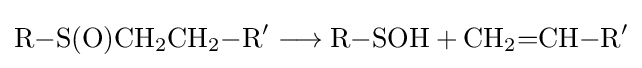
{\mathrm {R} {-}\mathrm {S} (\mathrm {O} )\mathrm {CH} {\vphantom {A}}_{\smash[{t}]{2}}\mathrm {CH} {\vphantom {A}}_{\smash[{t}]{2}}{-}\mathrm {R} {\vphantom {A}}^{\prime }{}\mathrel {\longrightarrow } {}\mathrm {R} {-}\mathrm {SOH} {}+{}\mathrm {CH} {\vphantom {A}}_{\smash[{t}]{2}}{=}\mathrm {CH} {-}\mathrm {R} {\vphantom {A}}^{\prime }}